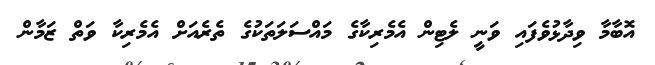
އޮބާމާ ވިދާޅުވެފައި ވަނީ ލެޓިން އެމެރިކާގެ މައްސަލަތަކުގެ ތެރެއަށް އެމެރިކާ ވަތް ޒަމާން